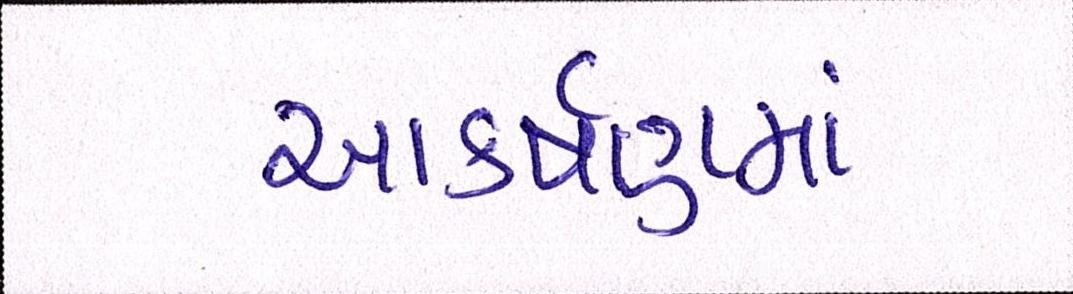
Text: આકર્ષણમાં